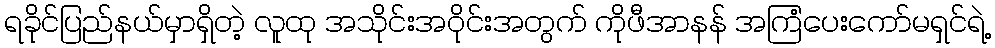
ရခိုင်ပြည်နယ်မှာရှိတဲ့ လူထု အသိုင်းအဝိုင်းအတွက် ကိုဖီအာနန် အကြံပေးကော်မရှင်ရဲ့